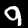
Digit: 9